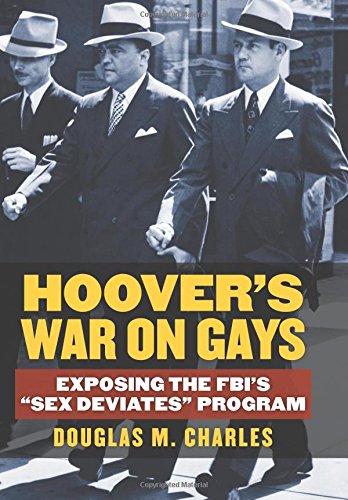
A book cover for Hoover's War on Gays: Exposing the FBI's "Sex Deviates" Program; Douglas M. Charles; Gay & Lesbian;